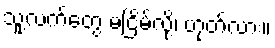
သူ့လက်တွေ မငြိမ်လို့၊ ဟုတ်လား။